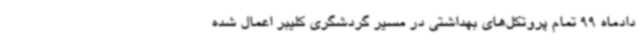
دادماه 99 تمام پروتکل‌های بهداشتی در مسیر گردشگری کلیبر اعمال شده